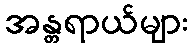
အန္တရာယ်များ